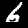
Label: 6